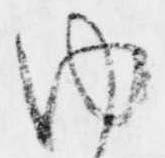
内